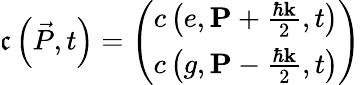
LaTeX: \mathfrak{c}\left(\vec{{P}},t\right)=\left(\begin{array}{c}{c\left(e,\mathbf{P}+\frac{\hbar\mathbf{k}}{2},t\right)}\\ {c\left(g,\mathbf{P}-\frac{\hbar\mathbf{k}}{2},t\right)}\end{array}\right)